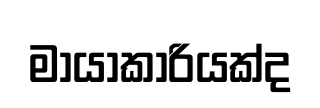
මායාකාරියක්ද